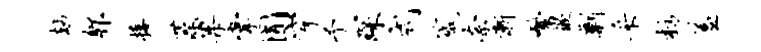
劫郫接藻果掌囿穿予琛式箴奈渐繁嵌剿采枋羞